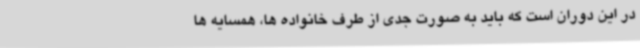
در این دوران است که باید به صورت جدی از طرف خانواده ها، همسایه ها